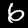
Digit: 6